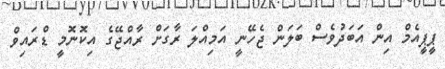
ޕީޕީއެމް އިން އަބަދުވެސް ބަލަން ޖެހޭނީ އަމިއްލަ ރާގަށް ރާއްޖޭގެ އިކޮނޮމީ ޑްރައިވް